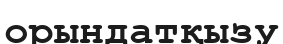
орындатқызу